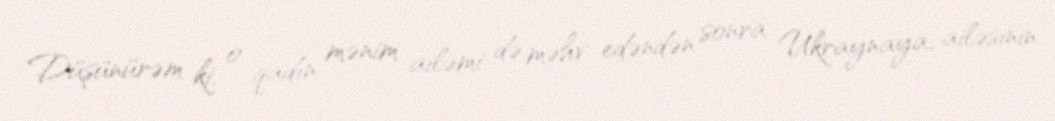
Düşünürəm ki, o qadın mənim ailəmi də məhv edəndən sonra Ukraynaya, ailəsinin